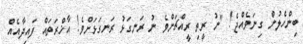
ބިންހެލުން ގިނަވެއްޖެ! "ނު ރީތި ރީއްޗަށްވެ ނު ރަނގަޅު ރަނގަޅަށްވެ! އާޚްރަތައް ފައިދާއެއް